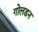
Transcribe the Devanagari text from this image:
गोलडन